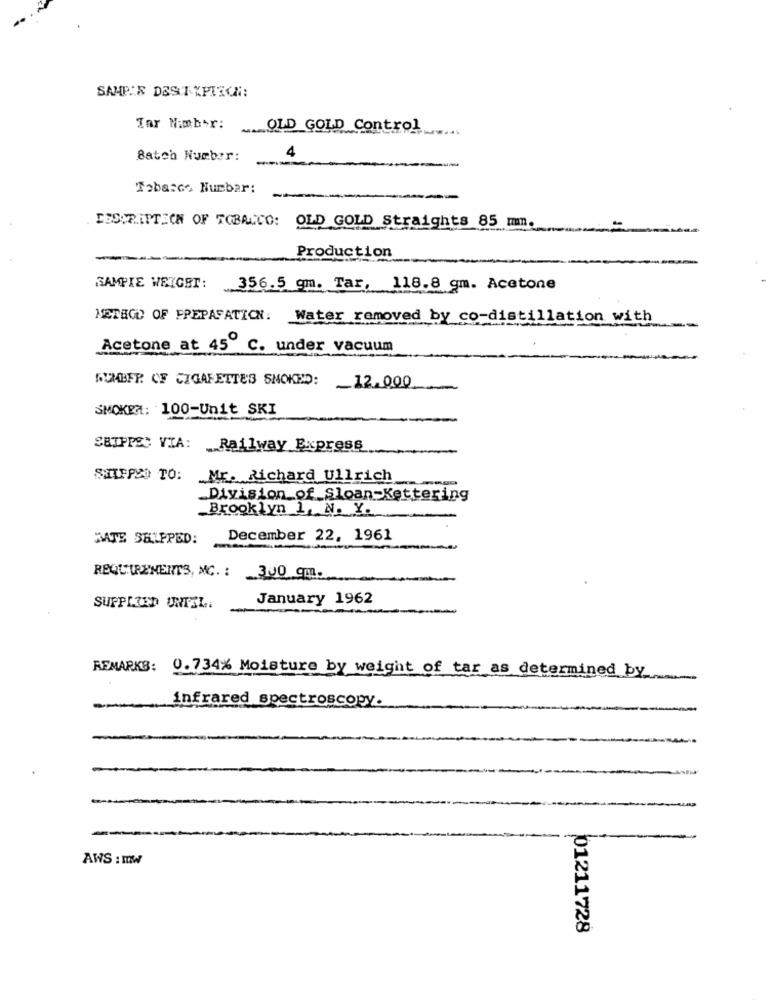
SAMPIE DEST KPISCN:
Tar Nimbor:
OLD GOLD Control
4
Batch Number:
Tabasco Number:
DESCRIPTION OF TOBACCO: OLD GOLD Straights 85 mm.
Production
SAMPIE WEIGHT: 356.5 gm. Tar, 118.8 gm. Acetone
METHOD OF FREPAFATION: Water removed by co-distillation with
Acetone at 45º C. under vacuum
SUMBER. OF CIGARETTES SNOKED: 12.000
SMOKER: 100-Unit SKI
SBIPPE: VIA: Railway Express
SHIPPED TO: Mr. Richard Ullrich
-
Division of Sloan-Kettering
Brooklyn 1, N. Y.
MATE SHIPPED:
December 22, 1961
REQUIREMENTS, MC. :
300 qm.
January 1962
SUPPLIED UNTIL.
REMARKS: 0.734% Moisture by weight of tar as determined by
infrared spectroscopy.
AWS : mw
01211728